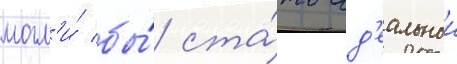
могл'и́ бы́ ста́ть ид'еальнои